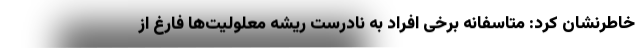
خاطرنشان کرد: متاسفانه برخی افراد به نادرست ریشه معلولیت‌ها فارغ از